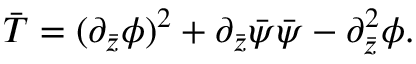
\bar { T } = ( \partial _ { \bar { z } } \phi ) ^ { 2 } + \partial _ { \bar { z } } \bar { \psi } \bar { \psi } - \partial _ { \bar { z } } ^ { 2 } \phi .